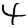
Digit: 4